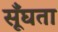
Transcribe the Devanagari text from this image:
सूँघता